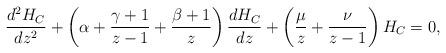
LaTeX: \begin{align*} {\frac{{d^{2}H_C}}{{dz^{2}}}}+\left( \alpha +{\frac{{\gamma+1}}{{z-1}}}+{\frac{{\beta+1}}{{z}}} \right) {\frac{{dH_C}}{{dz}}}+\left({\frac{{\mu}}{{z}}}+ {\frac{{\nu}}{{z-1}}}\right)H_C =0, \end{align*}